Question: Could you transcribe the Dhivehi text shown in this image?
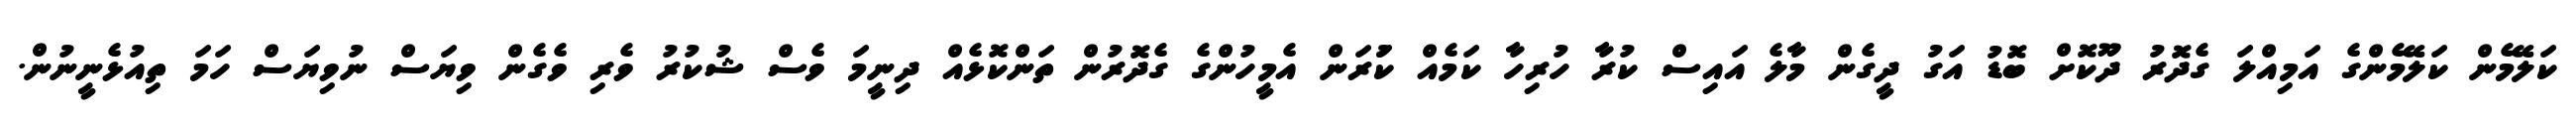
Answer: ކަލޭމެން ކަލޭމެންގެ އަމިއްލަ ގެދޮރު ދޫކޮށް ބޮޑު އަގު ދީގެން މާލެ އައިސް ކުރާ ހުރިހާ ކަމެއް ކުަރަން އެމީހުންގެ ގެދޮރުން ތަންކޮޅެއް ދިނީމަ ވެސް ޝުކުރު ވެރި ވެގެން ވިޔަސް ނުވިޔަސް ހަމަ ތިއުޅެނީނުން.